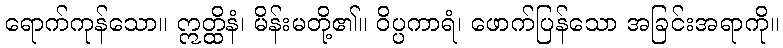
ရောက်ကုန်သော။ ဣတ္ထိနံ၊ မိန်းမတို့၏။ ဝိပ္ပကာရံ၊ ဖောက်ပြန်သော အခြင်းအရာကို။